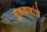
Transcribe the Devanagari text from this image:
मुलकणांचे